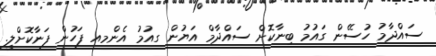
ސައްދާމު ހުސޭން ގައުމު ބިނާކޮށް ސައްދާމް އަޔުން ގއުމު އެންމއ ފަހުން ފަނާކޮށްލީ.